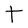
Character: t